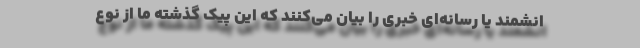
انشمند یا رسانه‌ای خبری را بیان می‌کنند که این پیک گذشته ما از نوع